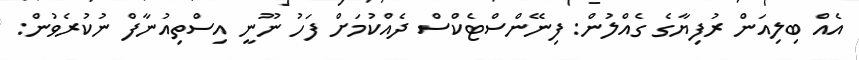
އެއް ބިލިއަން ރުފިޔާގެ ގެއްލުން: ފިނޭންސްޓެކްސް ދެއްކުމަށް ފަހު ނޫނީ އިސްތިއުނާފް ނުކުރެވުން: